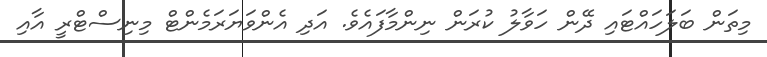
މިތަން ބަލަހައްޓައި ދޭން ހަވާލު ކުރަން ނިންމާފައެވެ. އަދި އެންވަޔަރަމެންޓް މިނިސްޓްރީ އާއި